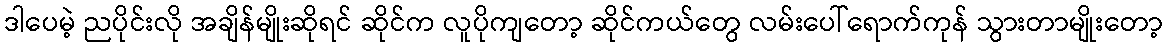
ဒါပေမဲ့ ညပိုင်းလို အချိန်မျိုးဆိုရင် ဆိုင်က လူပိုကျတော့ ဆိုင်ကယ်တွေ လမ်းပေါ်ရောက်ကုန် သွားတာမျိုးတော့